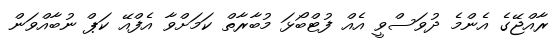
ރާއްޖޭގެ އެންމެ ދުވަސްވީ އެއް ފުޓްބޯޅަ މުބާރާތް ކަމަށްވާ އެފްއޭ ކަޕް ނުބާއްވަން